Annual administration report of the Civil Veterinary Department of India - 1899-1900
Year: 1899
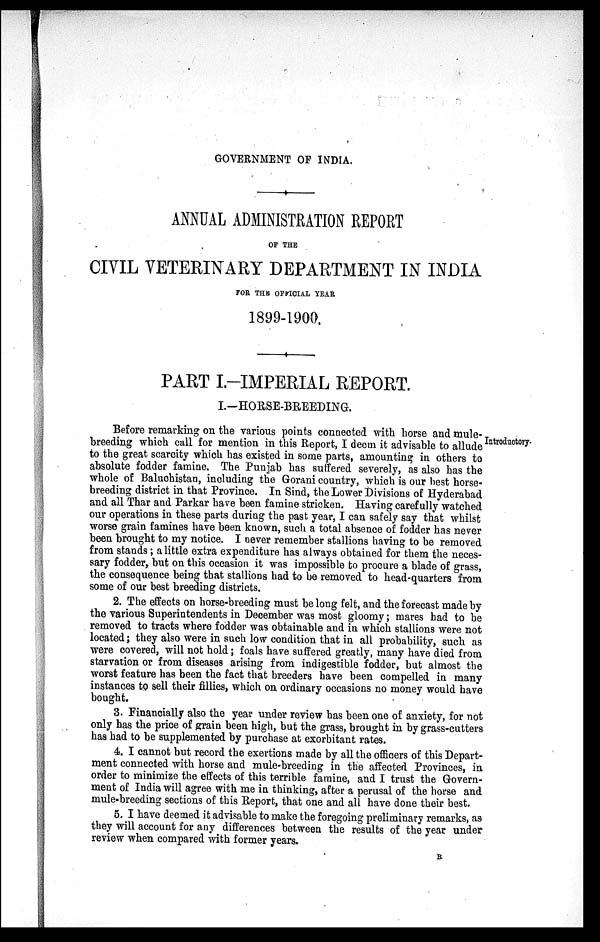
GOVERNMENT OF INDIA.
ANNUAL ADMINISTRATION REPORT
OF THE
CIVIL VETERINARY DEPARTMENT IN INDIA
FOR THE OFFICIAL YEAR
1899-1900.
PART I.-IMPERIAL REPORT.
I.-HORSE-BREEDING.
Introductory.
Before remarking on the various points connected with horse and mule-
breeding which call for mention in this Report, I deem it advisable to allude
to the great scarcity which has existed in some parts, amounting in others to
absolute fodder famine. The Punjab has suffered severely, as also has the
whole of Baluchistan, including the Gorani country, which is our best horse-
breeding district in that Province. In Sind, the Lower Divisions of Hyderabad
and all Thar and Parkar have been famine stricken. Having carefully watched
our operations in these parts during the past year, I can safely say that whilst
worse grain famines have been known, such a total absence of fodder has never
been brought to my notice. I never remember stallions having to be removed
from stands; a little extra expenditure has always obtained for them the neces-
sary fodder, but on this occasion it was impossible to procure a blade of grass,
the consequence being that stallions had to be removed to head-quarters from
some of our best breeding districts.
2. The effects on horse-breeding must be long felt, and the forecast made by
the various Superintendents in December was most gloomy; mares had to be
removed to tracts where fodder was obtainable and in which stallions were not
located; they also were in such low condition that in all probability, such as
were covered, will not hold; foals have suffered greatly, many have died from
starvation or from diseases arising from indigestible fodder, but almost the
worst feature has been the fact that breeders have been compelled in many
instances to sell their fillies, which on ordinary occasions no money would have
bought.
3. Financially also the year under review has been one of anxiety, for not
only has the price of grain been high, but the grass, brought in by grass-cutters
has had to be supplemented by purchase at exorbitant rates.
4. I cannot but record the exertions made by all the officers of this Depart-
ment connected with horse and mule-breeding in the affected Provinces, in
order to minimize the effects of this terrible famine, and I trust the Govern-
ment of India will agree with me in thinking, after a perusal of the horse and
mule-breeding sections of this Report, that one and all have done their best.
5. I have deemed it advisable to make the foregoing preliminary remarks, as
they will account for any differences between the results of the year under
review when compared with former years.
B